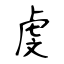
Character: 虔